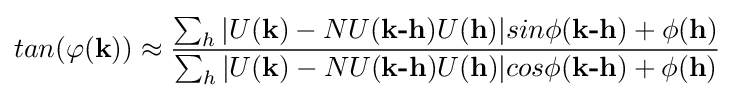
tan(\varphi ({\textbf {k}}))\approx {\frac {\sum _{h}|U({\textbf {k}})-NU({\textbf {k-h}})U({\textbf {h}})|sin\phi ({\textbf {k-h}})+\phi ({\textbf {h}})}{\sum _{h}|U({\textbf {k}})-NU({\textbf {k-h}})U({\textbf {h}})|cos\phi ({\textbf {k-h}})+\phi ({\textbf {h}})}}